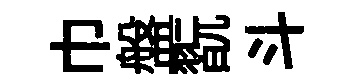
巾盤翫斗